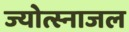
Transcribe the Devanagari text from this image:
ज्योत्स्नाजल